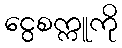
ငွေစက္ကူကို